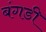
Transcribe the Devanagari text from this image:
बंगडी